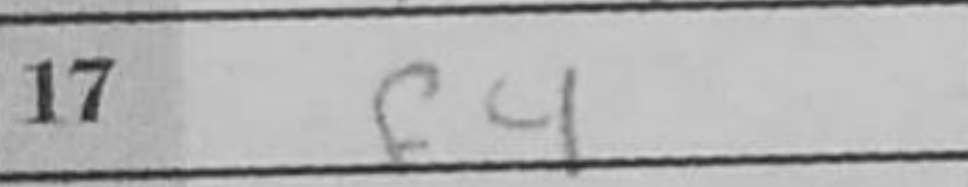
Transcription: f4